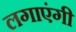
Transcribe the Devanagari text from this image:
लगाएंगी